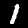
Digit: 1